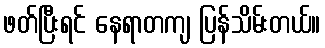
ဖတ်ပြီးရင် နေရာတကျ ပြန်သိမ်းတယ်။